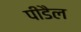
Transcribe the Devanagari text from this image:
पीडैल